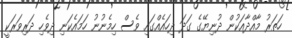
ހަތަރު މާއްދާއަކުން ދުނިޔޭގެ ގަދަ ދިހައެއްގައި ވެސް ހިމެނުނު ހަމައެކަނި ދިވެހި ދަރިވަރަކީ